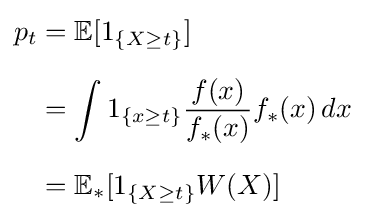
{\begin{aligned}p_{t}&=\mathbb {E} [1_{\{X\geq t\}}]\\[6pt]&=\int 1_{\{x\geq t\}}{\frac {f(x)}{f_{*}(x)}}f_{*}(x)\,dx\\[6pt]&=\mathbb {E} _{*}[1_{\{X\geq t\}}W(X)]\end{aligned}}